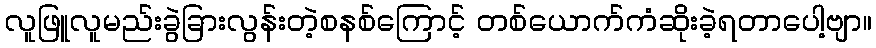
လူဖြူလူမည်းခွဲခြားလွန်းတဲ့စနစ်ကြောင့် တစ်ယောက်ကံဆိုးခဲ့ရတာပေါ့ဗျာ။